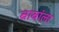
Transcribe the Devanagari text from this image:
बाबांला